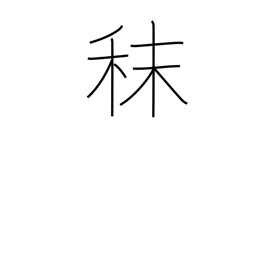
Meaning: fodder